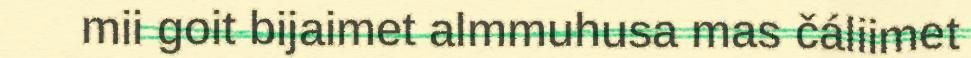
mii goit bijaimet almmuhusa mas čáliimet